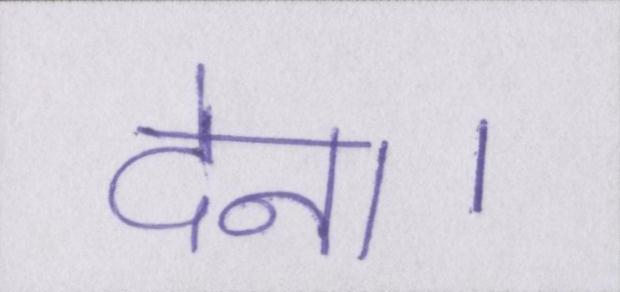
देना।